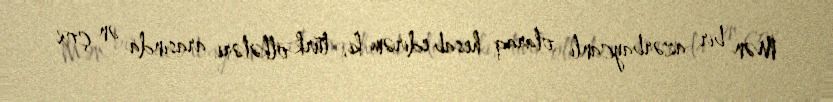
Mən bir azərbaycanlı olaraq hesab edirəm ki, türk ölkələri arasında ən çox